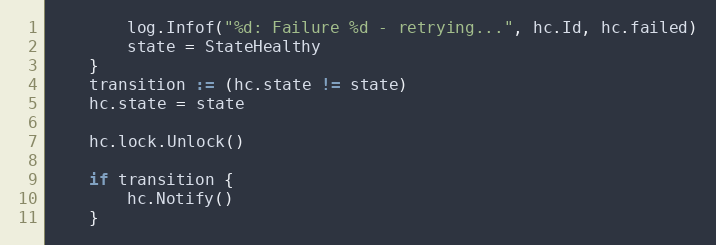
Language: Go
		log.Infof("%d: Failure %d - retrying...", hc.Id, hc.failed)
		state = StateHealthy
	}
	transition := (hc.state != state)
	hc.state = state

	hc.lock.Unlock()

	if transition {
		hc.Notify()
	}